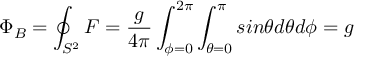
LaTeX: \Phi _ { B } = \oint _ { S ^ { 2 } } F = \frac { g } { 4 \pi } \int _ { \phi = 0 } ^ { 2 \pi } \int _ { \theta = 0 } ^ { \pi } s i n \theta d \theta d \phi = g